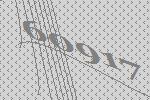
60917